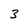
Character: 3